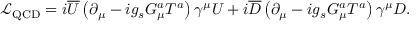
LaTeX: { \mathcal { L } } _ { \mathrm { Q C D } } = i { \overline { { U } } } \left( \partial _ { \mu } - i g _ { s } G _ { \mu } ^ { a } T ^ { a } \right) \gamma ^ { \mu } U + i { \overline { { D } } } \left( \partial _ { \mu } - i g _ { s } G _ { \mu } ^ { a } T ^ { a } \right) \gamma ^ { \mu } D .